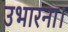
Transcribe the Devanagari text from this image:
उभारना।